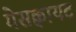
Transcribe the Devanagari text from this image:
मेसक्वायट